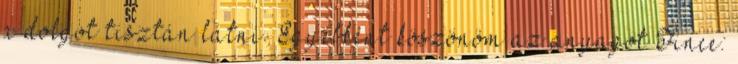
a dolgot tisztán látni. Egyébként köszönöm az anyagot Fince: